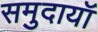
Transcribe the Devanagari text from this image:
समुदायॉ